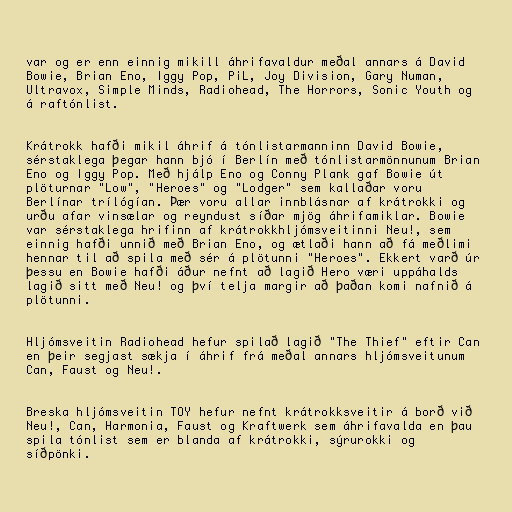
var og er enn einnig mikill áhrifavaldur meðal annars á David
Bowie, Brian Eno, Iggy Pop, PiL, Joy Division, Gary Numan,
Ultravox, Simple Minds, Radiohead, The Horrors, Sonic Youth og
á raftónlist.

Krátrokk hafði mikil áhrif á tónlistarmanninn David Bowie,
sérstaklega þegar hann bjó í Berlín með tónlistarmönnunum Brian
Eno og Iggy Pop. Með hjálp Eno og Conny Plank gaf Bowie út
plöturnar "Low", "Heroes" og "Lodger" sem kallaðar voru
Berlínar trílógían. Þær voru allar innblásnar af krátrokki og
urðu afar vinsælar og reyndust síðar mjög áhrifamiklar. Bowie
var sérstaklega hrifinn af krátrokkhljómsveitinni Neu!, sem
einnig hafði unnið með Brian Eno, og ætlaði hann að fá meðlimi
hennar til að spila með sér á plötunni "Heroes". Ekkert varð úr
þessu en Bowie hafði áður nefnt að lagið Hero væri uppáhalds
lagið sitt með Neu! og því telja margir að þaðan komi nafnið á
plötunni.

Hljómsveitin Radiohead hefur spilað lagið "The Thief" eftir Can
en þeir segjast sækja í áhrif frá meðal annars hljómsveitunum
Can, Faust og Neu!.

Breska hljómsveitin TOY hefur nefnt krátrokksveitir á borð við
Neu!, Can, Harmonia, Faust og Kraftwerk sem áhrifavalda en þau
spila tónlist sem er blanda af krátrokki, sýrurokki og
síðpönki.